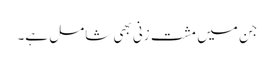
جن میں مشت زنی بھی شامل ہے۔